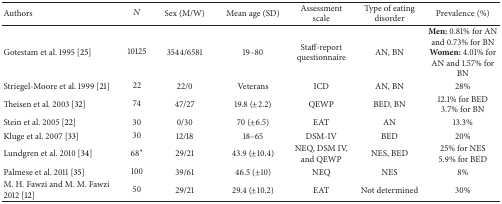
| Authors | N | Sex (M/W) | Mean age (SD) | Assessment scale | Type of eating disorder | Prevalence (%) |
 | --- | --- | --- | --- | --- | --- | --- |
 | Gotestam et al. 1995 [25] | 10125 | 3544/6581 | 19–80 | Staff-report questionnaire | AN, BN | Men: 0.81% for AN and 0.73% for BN Women: 4.01% for AN and 1.57% for BN |
 | Striegel-Moore et al. 1999 [21] | 22 | 22/0 | Veterans | ICD | AN, BN | 28% |
 | Theisen et al. 2003 [32] | 74 | 47/27 | 19.8 (±2.2) | QEWP | BED, BN | 12.1% for BED 3.7% for BN |
 | Stein et al. 2005 [22] | 30 | 0/30 | 70 (±6.5) | EAT | AN | 13.3% |
 | Kluge et al. 2007 [33] | 30 | 12/18 | 18–65 | DSM-IV | BED | 20% |
 | Lundgren et al. 2010 [34] | 68* | 29/21 | 43.9 (±10.4) | NEQ, DSM IV, and QEWP | NES, BED | 25% for NES5.9% for BED |
 | Palmese et al. 2011 [35] | 100 | 39/61 | 46.5 (±10) | NEQ | NES | 8% |
 | M. H. Fawzi and M. M. Fawzi 2012 [12] | 50 | 29/21 | 29.4 (±10.2) | EAT | Not determined | 30% |